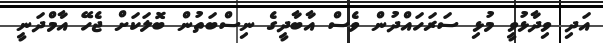
އަދި ވިދާޅުވީ މުޅި ސަރަހައްދުން ވެސް އާބާދީގެ ނިސްބަތުން ބޮލަކަށް ޖެހޭ އާމްދަނީ